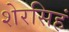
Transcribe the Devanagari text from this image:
शेरसिहं